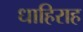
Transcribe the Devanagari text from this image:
धाहिराह